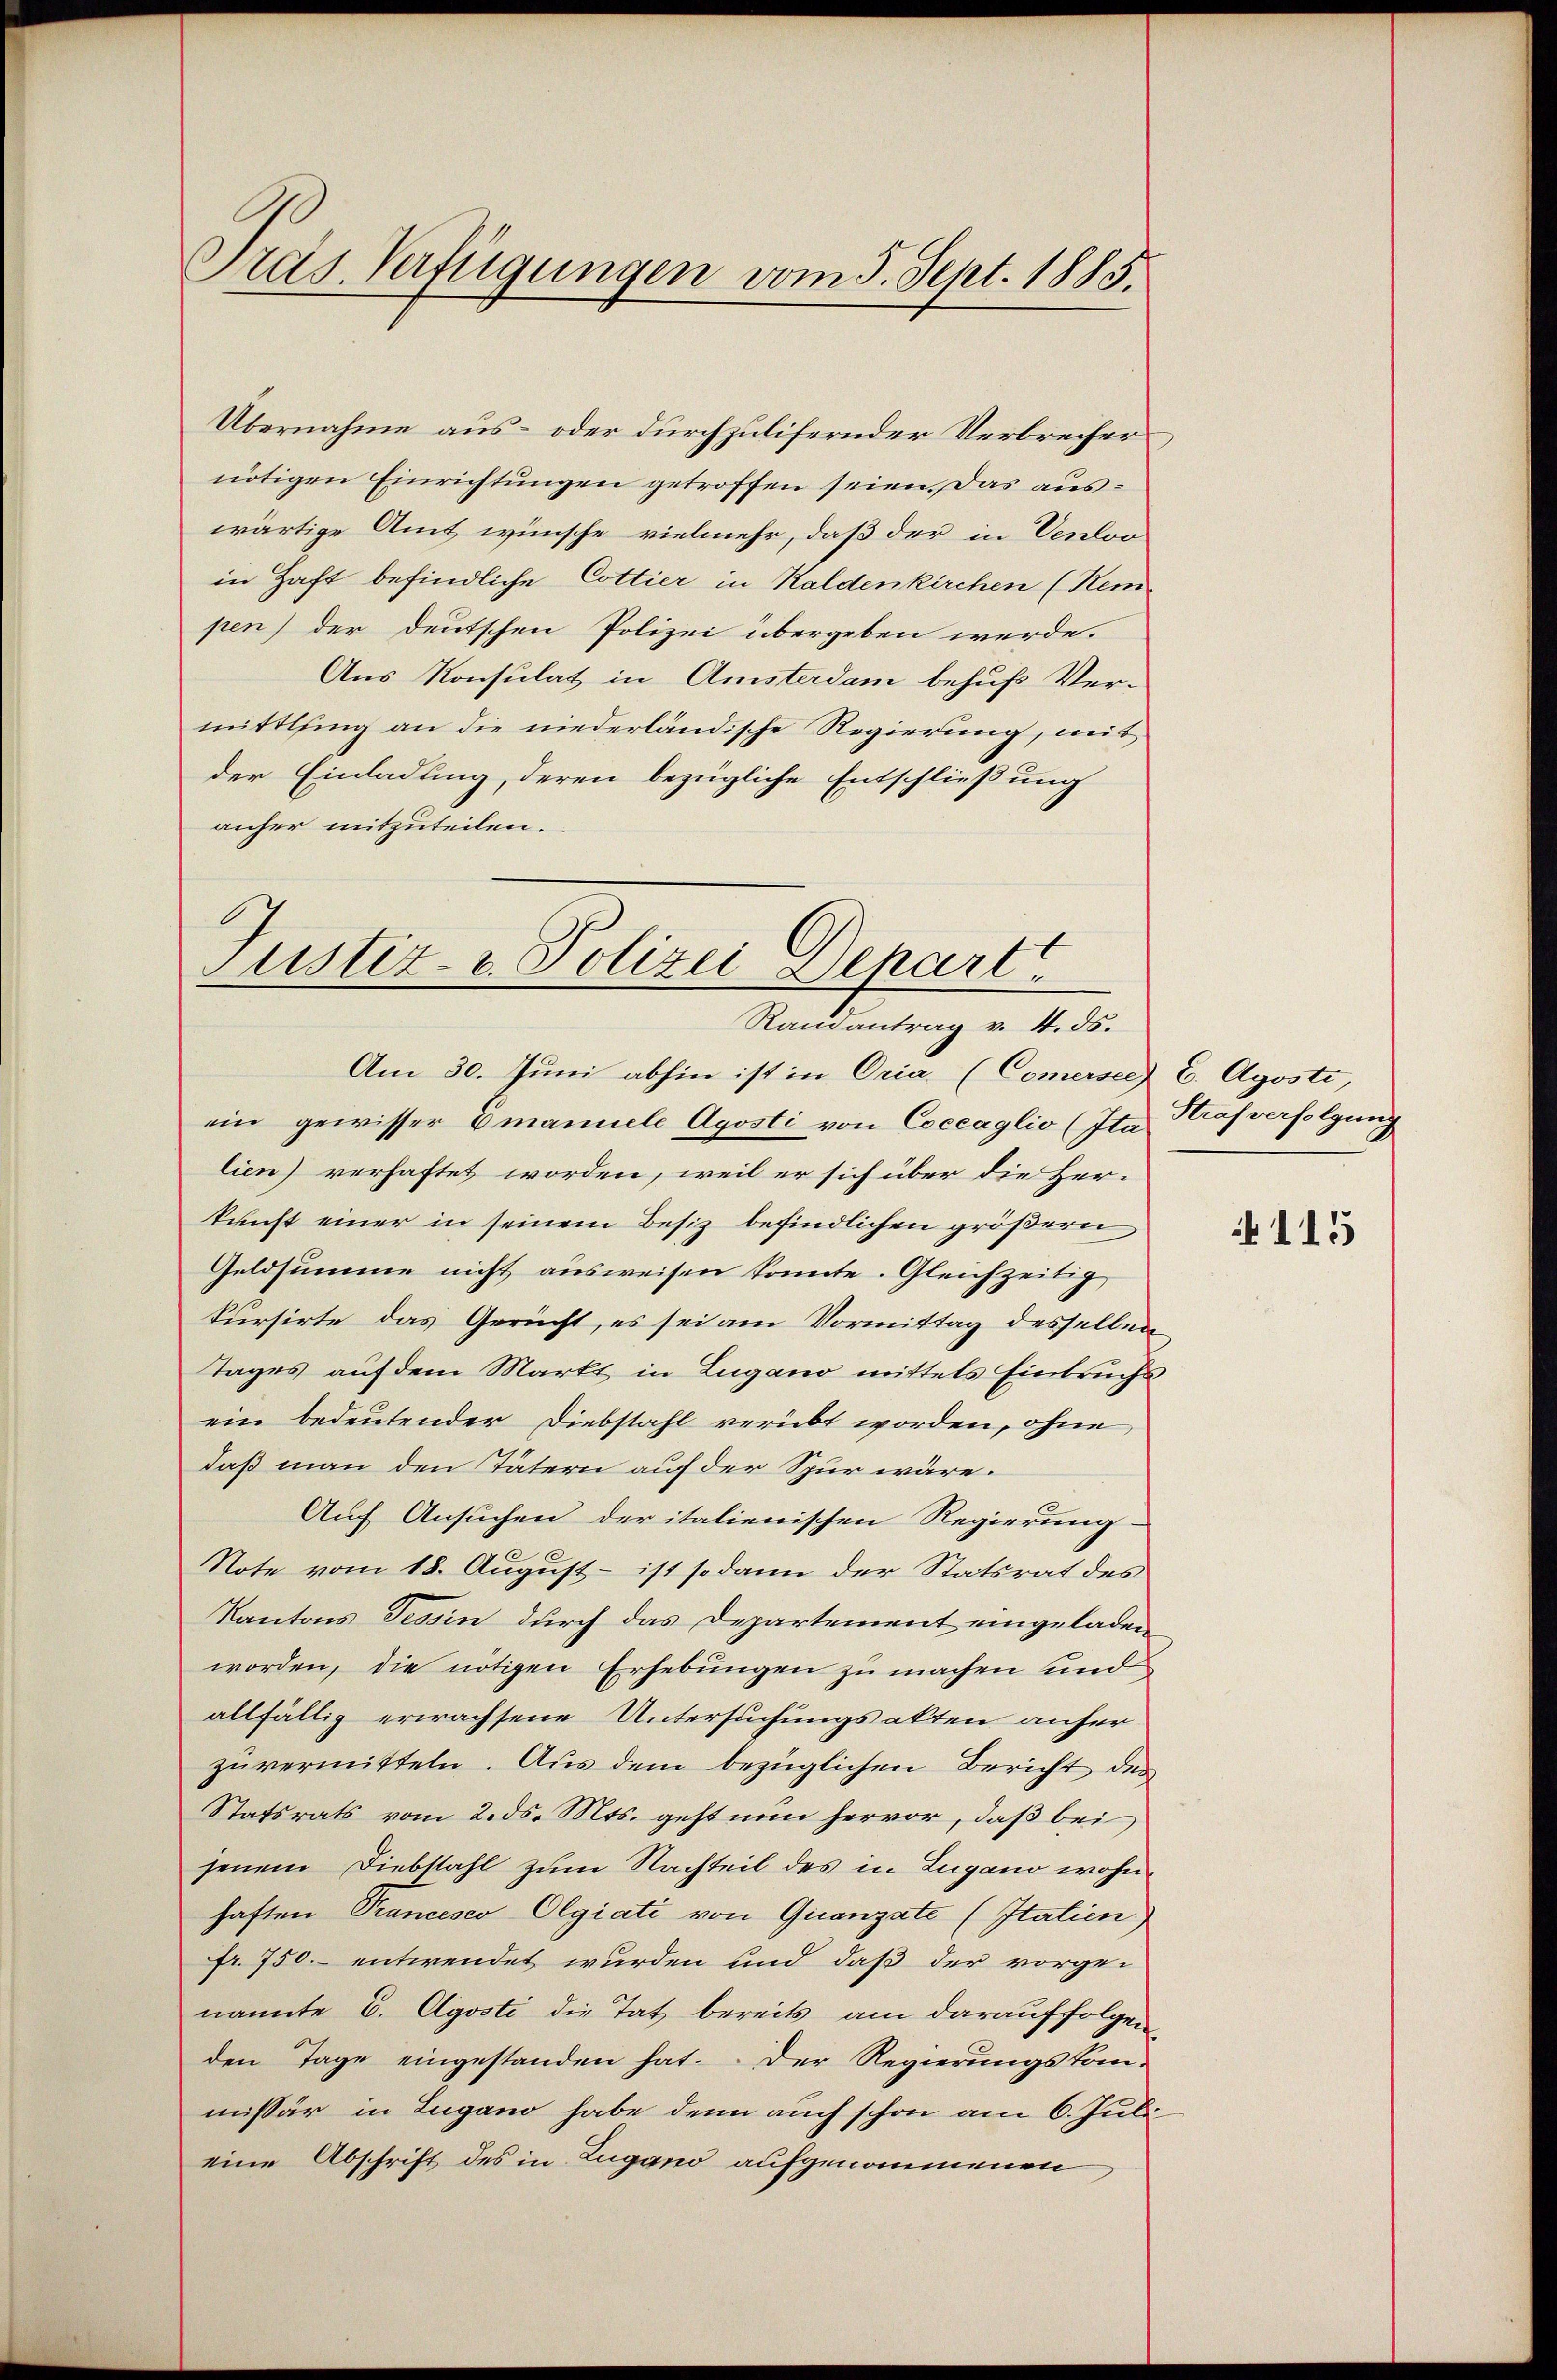
Präs. Verfügungen vom 5. Sept. 1885.

Übernahme aus- oder durchzulifernder Verbrecher
nötigen Einrichtungen getroffen seien. Das auswärtige Amt wünsche vielmehr, daß der in Verloo
in Haft befindliche Cottier in Kaldenkirchen (Rem
pen) der deutschen Polizei übergeben werde.
Aus Konsulat in Amsterdam behufs Ver-
mittling an die niederländische Regierung, mit
der Einladung, deren bezügliche Entschließung
anher mitzuteilen.

Justiz- u. Polizei Depart
Randantrag v. 4. ds.

Am 30. Juni abhin ist in Oria. (Comersee) C. Agosti,
ein gewisser Omanuele Aposti von Coccaglio (Ita Strafverfolgung
lien) verhaftet worden, weil er sich über die Her-
kunft einer in seinem Besiz befindlichen größern
Geldsumme nicht ausweisen konnte. Gleichzeitig
kursirte das Gerucht, es sei am Vormittag desselben
Tages auf dem Markt in Lugano mittels Einbruchs
ein bedeutender Diebstahl verübt worden, ohne
daß man den Tätern auf der Spur wäre.
Auf Ansuchen der italienischen Regierung-
Note vom 18. August - ist sodann der Statsrat des
Kantons Tessin durch das Departement eingeladen
worden, die nötigen Erhebungen zu machen und
allfällig erwachsene Untersuchungsakten anher
zŭvermitteln. Aus dem bezüglichen Bericht den
Statsrats vom 2. ds. Mts. geht nun hervor, daß bei
jenem Diebstahl zum Nachteil des in Zugano wohnhaften Prancesco Olgiati von Quanzate (Itatien)
fr. 750.- entwendet wurden und daß der vorge-
nannte E. Agosti die Tat bereits am darauffolgen,
den Tage eingestanden hat. Der Regierungskom-
mißär in Zugano habe denn auch schon am 6. Juli
eine Abschrift des in Zugano aufgenommenen

115